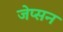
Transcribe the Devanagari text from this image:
जेप्सन